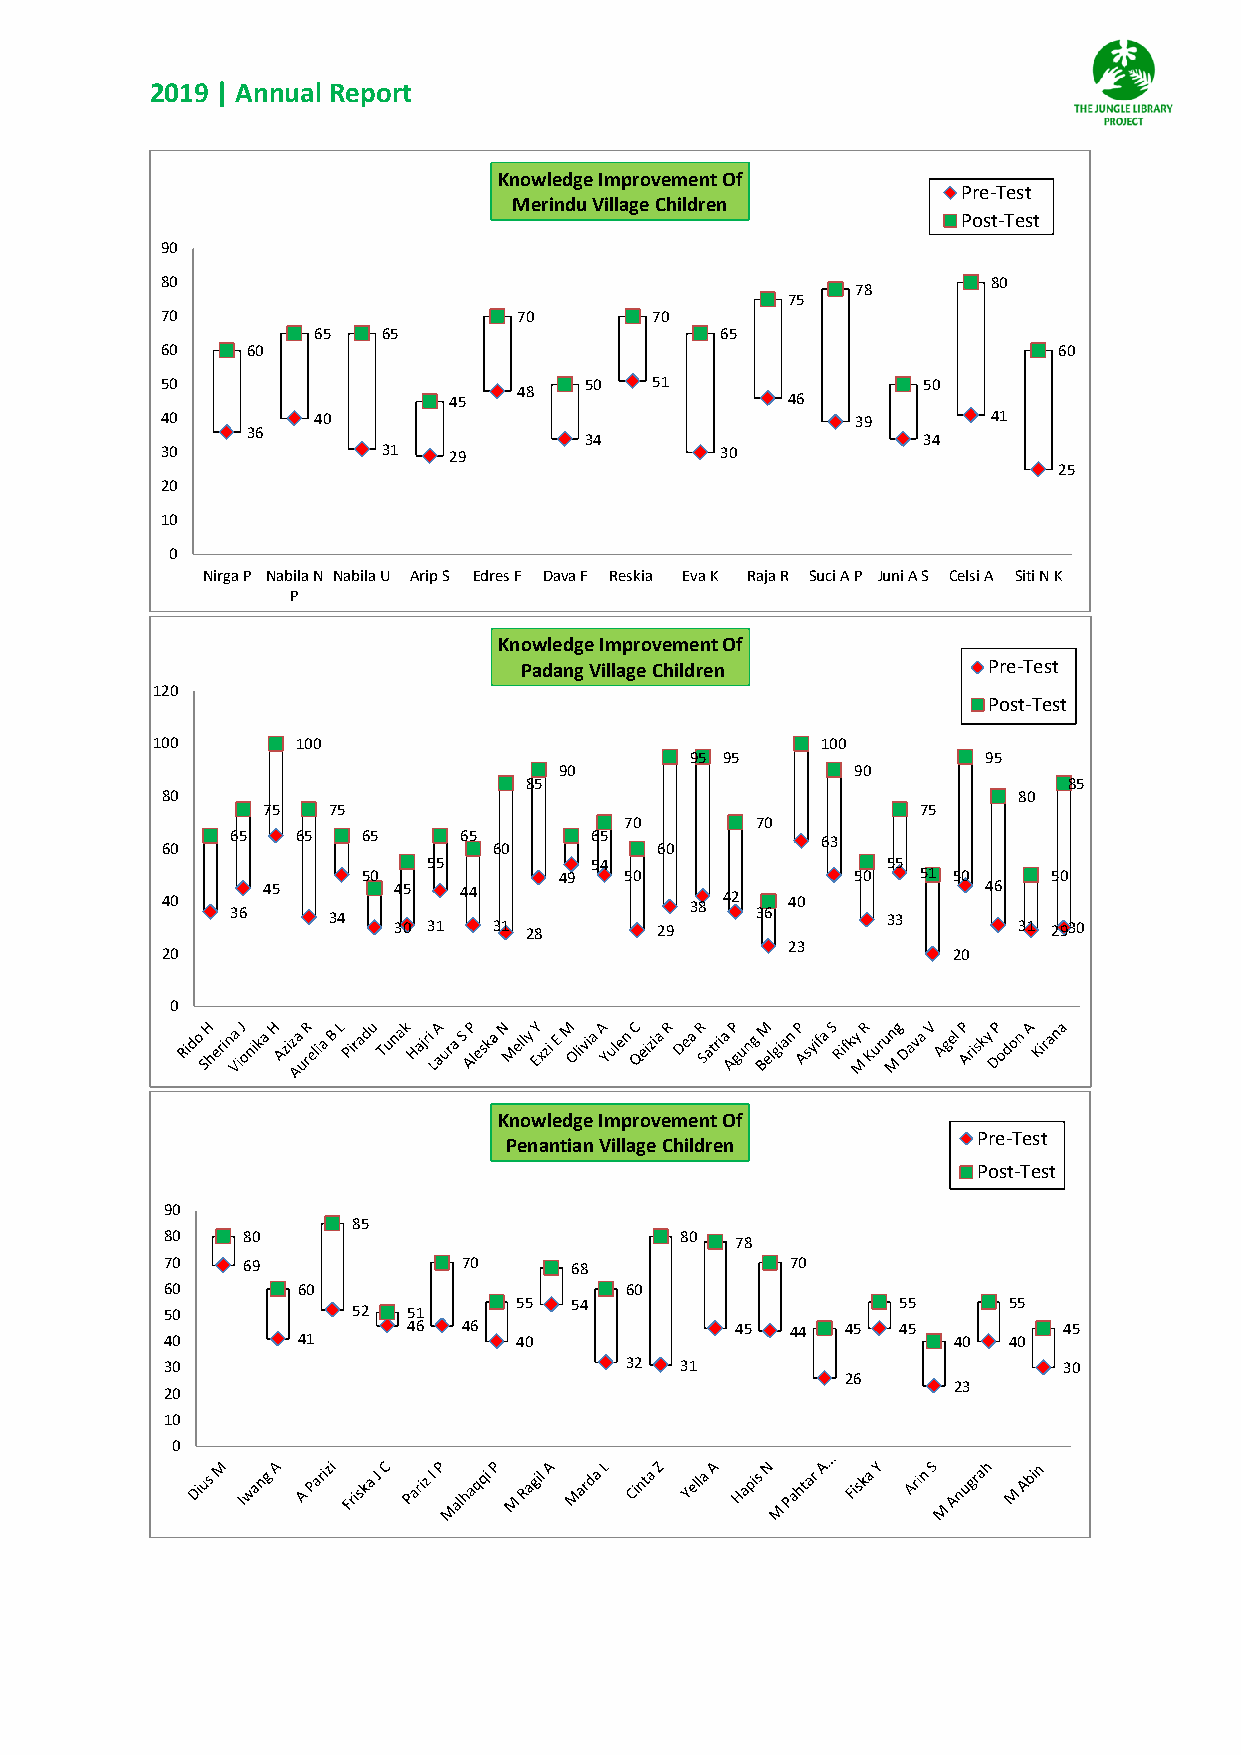
2019 | Annual Report
 Knowledge Improvement Of
 Pre-Test
 Merindu Village Children
 Post-Test
 90
 80                                                     80
 78
 75
 70                     70       70
 65  65                     65
 60   60                                                    60
 50                          50  51                50
 48
 45                    46
 40        40                                  39       41
 36
 34                    34
 30            31   29                30
 25
 20
 10
 0
 Nirga P Nabila N Nabila U Arip S Edres F Dava F Reskia Eva K Raja R Suci A P Juni A S Celsi A Siti N K
 P
 Knowledge Improvement Of
 Padang Village Children        Pre-Test
 120
 Post-Test
 100       100                               100
 95 95              95
 90                  90
 85                                  85
 80                                                      80
 75   75                                     75
 70       70
 65   65  65    65       65             63
 60                    60        60
 55         54                  55
 50           49  50              50  51 50    50
 40  36 45  34  34 05 31 44 31 28 29 38 42 36 40 33    46 31 293 0
 23
 20                                                  20
 0
 Knowledge Improvement Of
 Pre-Test
 Penantian Village Children
 Post-Test
 90
 85
 80   80                           80  78
 70   69             70     68            70
 60       60                   60
 50          52  51     55  54                   55      55
 46  46                45 44  45 45         45
 40       41            40                           40  40
 30                            32  31                       30
 26
 23
 20
 10
 0